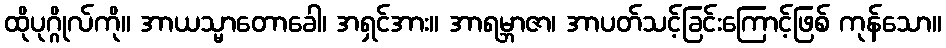
ထိုပုဂ္ဂိုလ်ကို။ အာယသ္မာတောခေါ၊ အရှင်အား။ အာရမ္ဘာဇာ၊ အာပတ်သင့်ခြင်းကြောင့်ဖြစ် ကုန်သော။